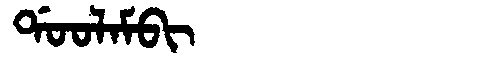
Manchu: ᡩᠣᠣᠯᠠᠮᠪᡳ
Romanization: DOOLAMBI